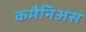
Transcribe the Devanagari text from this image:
कमैनिअस